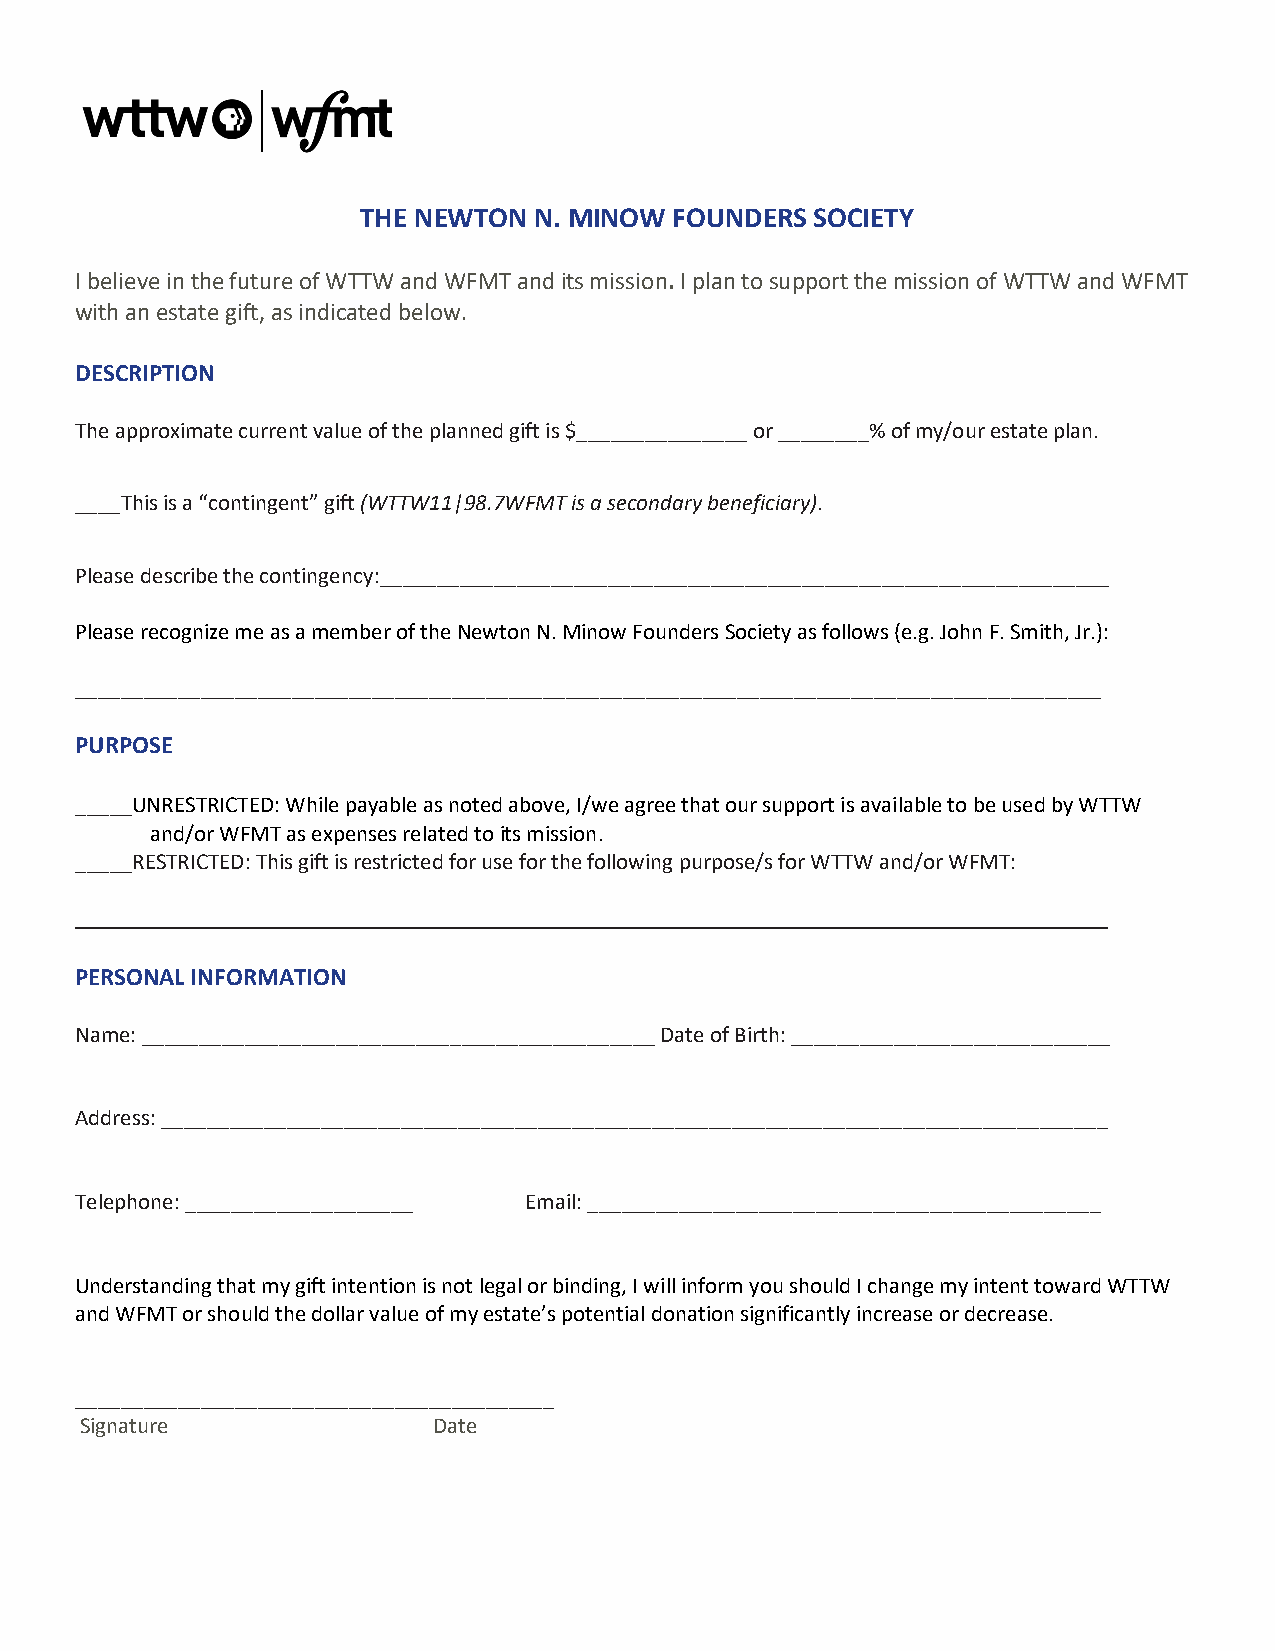
THE NEWTON N. MINOW  FOUNDERS SOCIETY
 I believe in the future of WTTW and WFMT and its mission. I plan to support the mission of WTTW and WFMT
 with an estate gift, as indicated below.
 DESCRIPTION
 The approximate current value of the planned gift is $_______________ or ________% of my/our estate plan.
 ____This is a “contingent” gift (WTTW11|98.7WFMT is a secondary beneficiary).
 Please describe the contingency:________________________________________________________________
 Please recognize me as a member of the Newton N. Minow Founders Society as follows (e.g. John F. Smith, Jr.):
 __________________________________________________________________________________________
 PURPOSE
 _____UNRESTRICTED: While payable as noted above, I/we agree that our support is available to be used by WTTW
 and/or WFMT as expenses related to its mission.
 _____RESTRICTED: This gift is restricted for use for the following purpose/s for WTTW and/or WFMT:
 ______ ____________________________________________________________________________________
 PERSONAL INFORMATION
 Name: _____________________________________________ Date of Birth: ____________________________
 Address: ___________________________________________________________________________________
 Telephone: ____________________ Email: _____________________________________________
 Understanding that my gift intention is not legal or binding, I will inform you should I change my intent toward WTTW
 and WFMT or should the dollar value of my estate’s potential donation significantly increase or decrease.
 __________________________________________
 Signature               Date